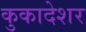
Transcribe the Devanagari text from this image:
कुकादेशर